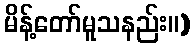
မိန့်တော်မူသနည်း။)